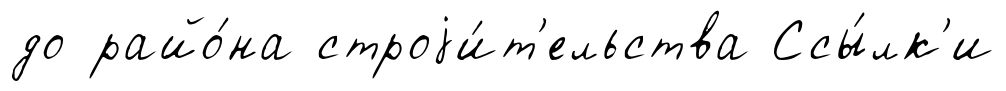
до райо́на строjи́т'ельства Ссы́лк'и